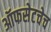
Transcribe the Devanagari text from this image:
ऑफसेटचेच